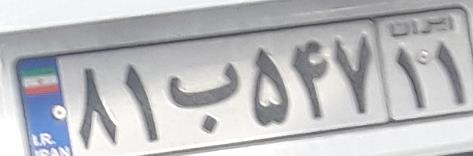
۸۱ب۵۴۷۱۱